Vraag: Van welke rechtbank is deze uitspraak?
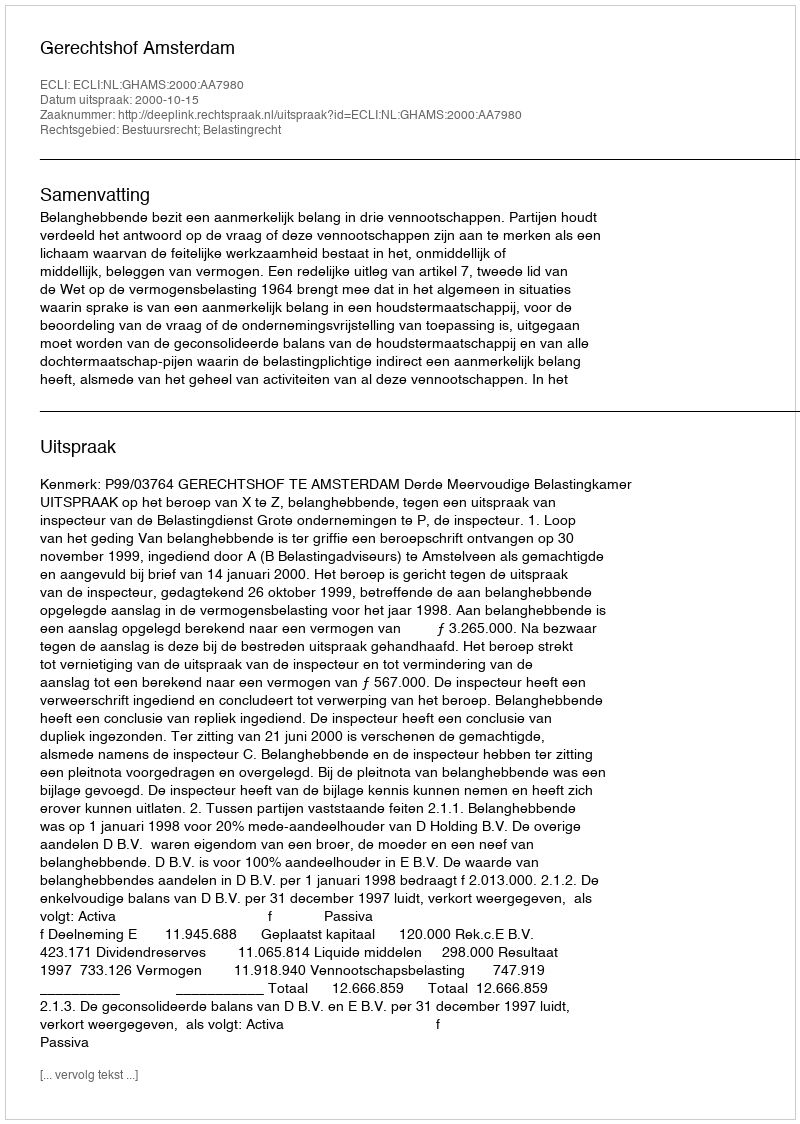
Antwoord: Gerechtshof Amsterdam